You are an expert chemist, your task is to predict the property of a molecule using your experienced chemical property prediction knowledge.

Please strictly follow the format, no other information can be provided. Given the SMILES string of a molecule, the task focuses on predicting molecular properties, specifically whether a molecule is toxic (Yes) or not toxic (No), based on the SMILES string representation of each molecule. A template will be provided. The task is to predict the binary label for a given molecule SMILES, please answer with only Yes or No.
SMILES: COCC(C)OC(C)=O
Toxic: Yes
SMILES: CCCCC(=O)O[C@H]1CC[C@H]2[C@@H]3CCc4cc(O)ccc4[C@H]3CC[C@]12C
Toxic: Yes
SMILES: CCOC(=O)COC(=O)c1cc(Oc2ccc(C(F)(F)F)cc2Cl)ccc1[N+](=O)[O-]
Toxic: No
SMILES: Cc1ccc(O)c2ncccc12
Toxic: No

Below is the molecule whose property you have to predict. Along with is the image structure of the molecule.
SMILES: O=C(Nc1ccc([N+](=O)[O-])cc1Cl)c1cc(Cl)ccc1O
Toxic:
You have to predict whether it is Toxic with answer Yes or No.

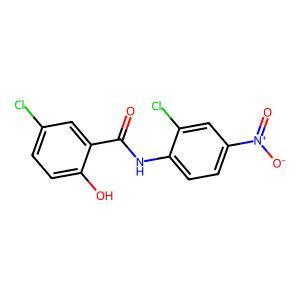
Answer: No